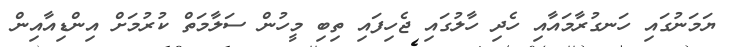
ޔަމަނުގައި ހަނގުރާމައާއި ހެދި ހާލުގައި ޖެހިފައި ތިބި މީހުން ސަލާމަތް ކުރުމަށް އިންޑިއާއިން